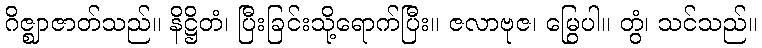
ဂိဇ္ဈာဇာတ်သည်။ နိဋ္ဌိတံ၊ ပြီးခြင်းသို့ရောက်ပြီး။ ဇလာဗုဇ၊ မြွေပါ။ တွံ၊ သင်သည်။